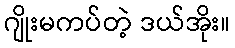
ဂျိုးမကပ်တဲ့ ဒယ်အိုး။